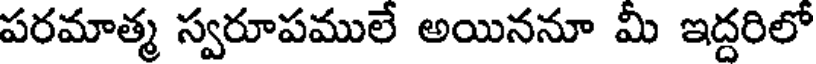
పరమాత్మ స్వరూపములే అయిననూ మీ ఇద్దరిలో